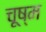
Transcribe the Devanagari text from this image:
चूष्म